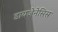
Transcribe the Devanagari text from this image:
डायजेनेसिस